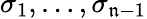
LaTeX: \sigma_{1},\ldots,\sigma_{\mathfrak{n}-1}